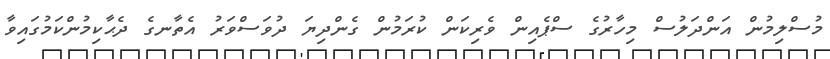
މުސްލިމުން އަންދަލުސް މިހާރުގެ ސްޕެއިން ވެރިކަން ކުރަމުން ގެންދިޔަ ދުވަސްވަރު އެތާނގެ ދެޙާކިމުންކަމުގައިވާ